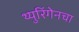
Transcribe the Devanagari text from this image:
थ्युरिंगेनचा